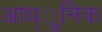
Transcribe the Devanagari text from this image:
आध्ुनिक